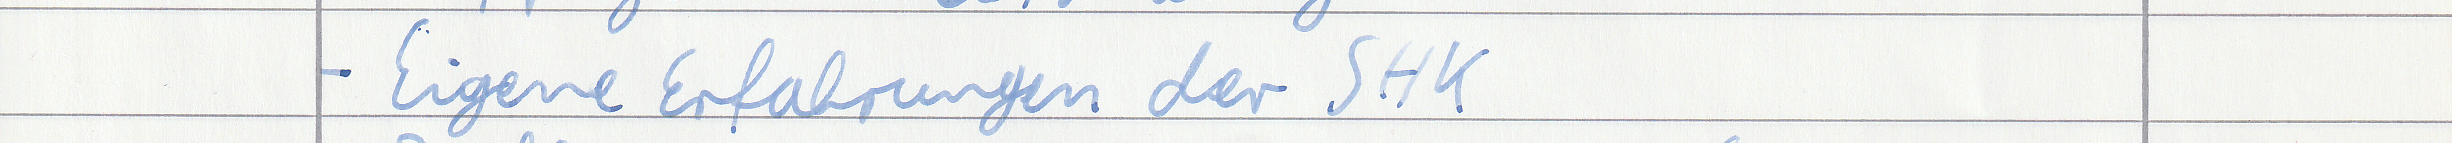
- Eigene Erfahrungen der SHK